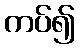
ကပ်၍